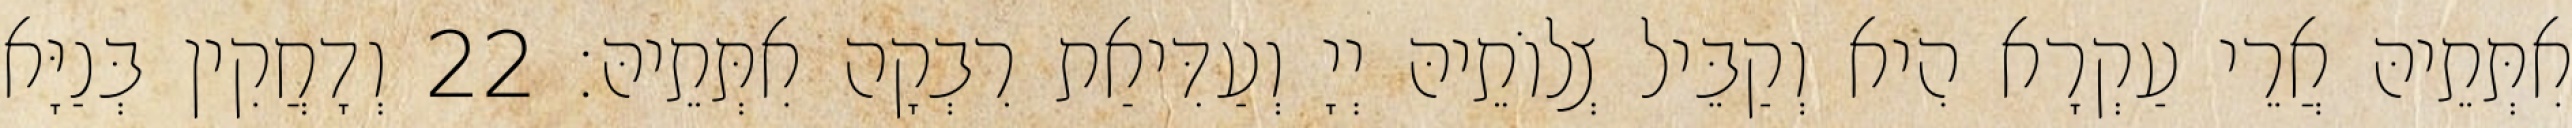
אִתְּתֵיהּ אֲרֵי עַקְרָא הִיא וְקַבֵּיל צְלוֹתֵיהּ יְיָ וְעַדִּיאַת רִבְקָה אִתְּתֵיהּ׃ 22 וְדָחֲקִין בְּנַיָּא